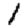
Digit: 1